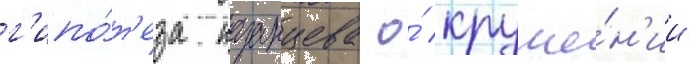
г'ипо́т'еза казанцева о́ круше́н'ии